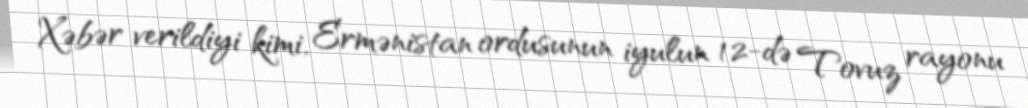
Xəbər verildiyi kimi, Ermənistan ordusunun iyulun 12-də Tovuz rayonu